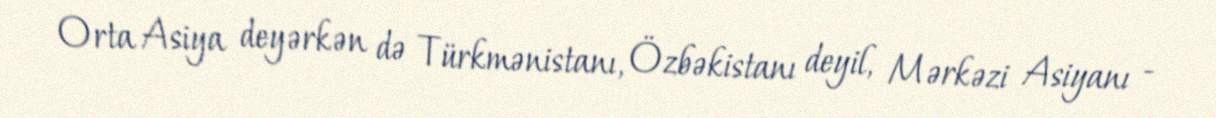
Orta Asiya deyərkən də Türkmənistanı, Özbəkistanı deyil, Mərkəzi Asiyanı -